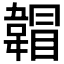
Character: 𲊣